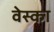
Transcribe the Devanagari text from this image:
वेस्का